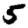
Digit: 5